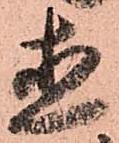
直